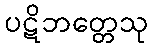
ပဋိဘတ္တေသု